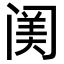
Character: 𨸈